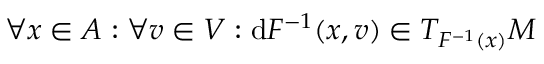
\forall x \in A : \forall v \in V : \mathrm { d } F ^ { - 1 } ( x , v ) \in T _ { F ^ { - 1 } ( x ) } M